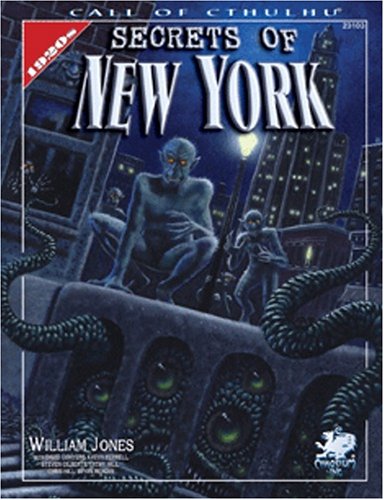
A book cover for Secrets Of New York: A Mythos Guide to the City That Never Sleeps (Call of Cthulhu Horror Roleplaying); William Jones; Science Fiction & Fantasy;